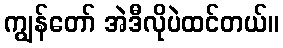
ကျွန်တော် အဲဒီလိုပဲထင်တယ်။